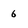
Character: 6